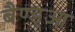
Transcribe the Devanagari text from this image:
बैण्ड्आ